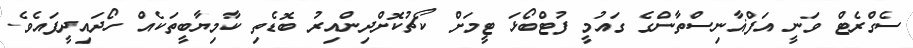
ސެގްރެޓް ވަނީ އަފްޣާނިސްތާންގެ ގައުމީ ފުޓްބޯޅަ ޓީމަށް ކޯޗުކޮށްދިންއިރު ބޮޑެތި ކާމިޔާބީތަކެއް ހޯދައިދީފައެވެ.